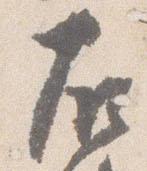
右